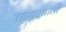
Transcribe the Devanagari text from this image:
राज्यप्रणाली